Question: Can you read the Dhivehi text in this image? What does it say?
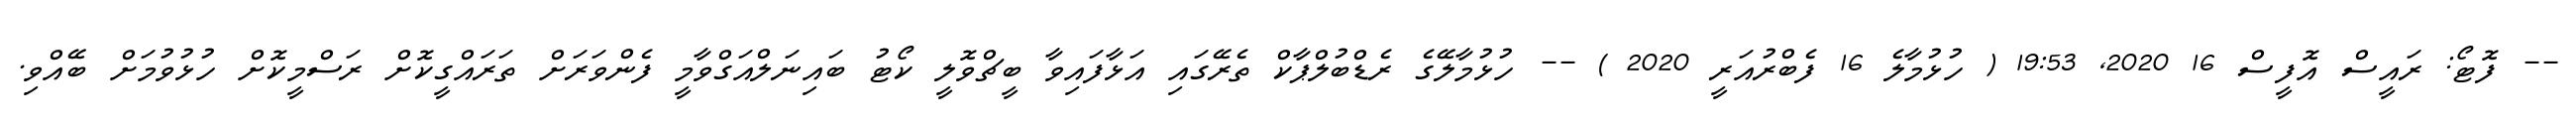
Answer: -- ފޮޓޯ: ރައީސް އޮފީސް 16 2020, 19:53 ( ހުޅުމާލެ 16 ފެބްރުއަރީ 2020 ) -- ހުޅުމާލޭގެ ރެޑްބުލްޕާކް ތެރޭގައި އަޅާފައިވާ ބީޗްވޮލީ ކޯޓު ބައިނަލްއަގްވާމީ ފެންވަރަށް ތަރައްގީކޮށް ރަސްމީކޮށް ހުޅުވުމަށް ބޭއްވި.